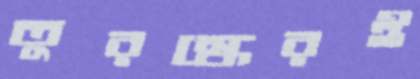
তুরস্কেরই